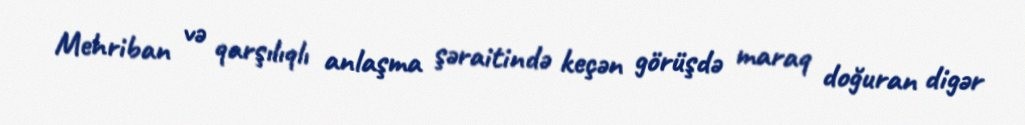
Mehriban və qarşılıqlı anlaşma şəraitində keçən görüşdə maraq doğuran digər